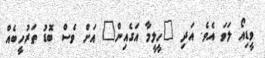
ވީޑިއޯ ލަވަ އެވެ. އަދި "ހީލީމާ އަގެއިން" އަށް ވެސް ބޮޑު ތަރުހީބެއް